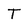
Character: T